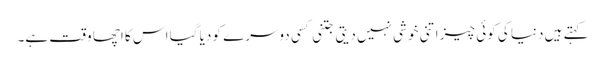
کہتے ہیں دنیا کی کوئی چیز اتنی خوشی نہیں دیتی جتنی کسی دوسرے کو دیا گیا اس کا اچھا وقت ہے۔